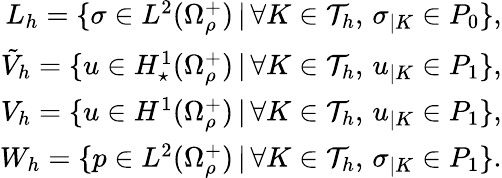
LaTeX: \begin{array}{r}{L_{h}=\{ \sigma\in L^{2}(\Omega_{\rho}^{+})\, |\, \forall K\in\mathcal T_{h},\, \sigma_{|K}\in P_{0}\} ,}\\ {\tilde{V}_{h}=\{ u\in H_{\star}^{1}(\Omega_{\rho}^{+})\, |\, \forall K\in\mathcal T_{h},\, u_{|K}\in P_{1}\} ,}\\ {V_{h}=\{ u\in H^{1}(\Omega_{\rho}^{+})\, |\, \forall K\in\mathcal T_{h},\, u_{|K}\in P_{1}\} ,}\\ {W_{h}=\{ p\in L^{2}(\Omega_{\rho}^{+})\, |\, \forall K\in\mathcal T_{h},\, \sigma_{|K}\in P_{1}\} .}\end{array}